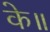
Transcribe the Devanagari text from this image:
के॥